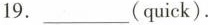
19.___(quick).